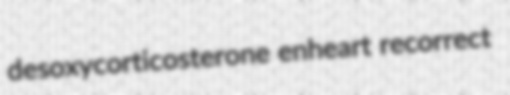
desoxycorticosterone enheart recorrect